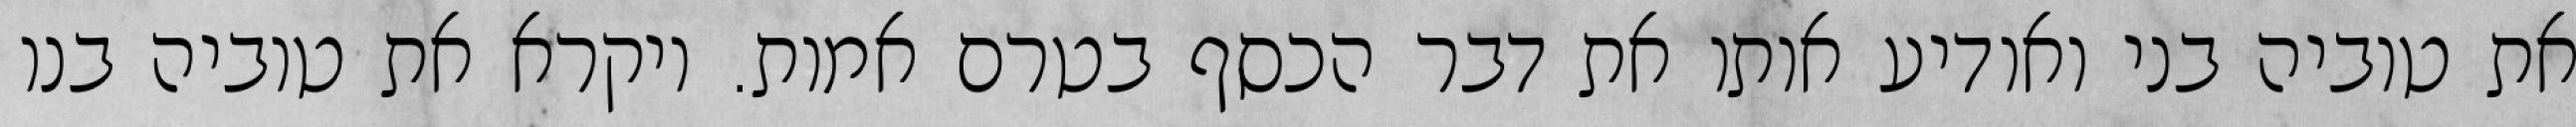
את טוביה בני ואודיע אותו את דבר הכסף בטרם אמות. ויקרא את טוביה בנו